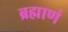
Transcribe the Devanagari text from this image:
ब्रह्माणं